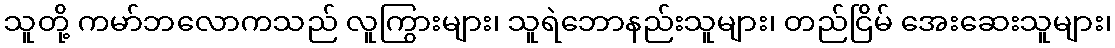
သူတို့ ကမာ်ဘလောကသည် လူကြွားများ၊ သူရဲဘောနည်းသူများ၊ တည်ငြိမ် အေးဆေးသူများ၊